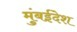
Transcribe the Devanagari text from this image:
मुंबईदेश